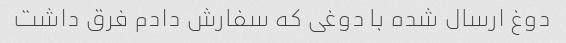
دوغ ارسال شده با دوغی که سفارش دادم فرق داشت